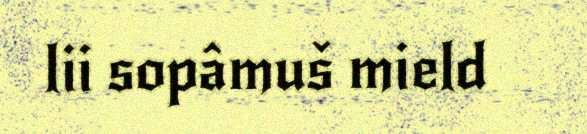
lii sopâmuš mield